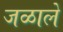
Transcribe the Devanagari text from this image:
जळाले